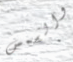
والشمس